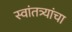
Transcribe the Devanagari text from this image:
स्वांतत्र्यांचा